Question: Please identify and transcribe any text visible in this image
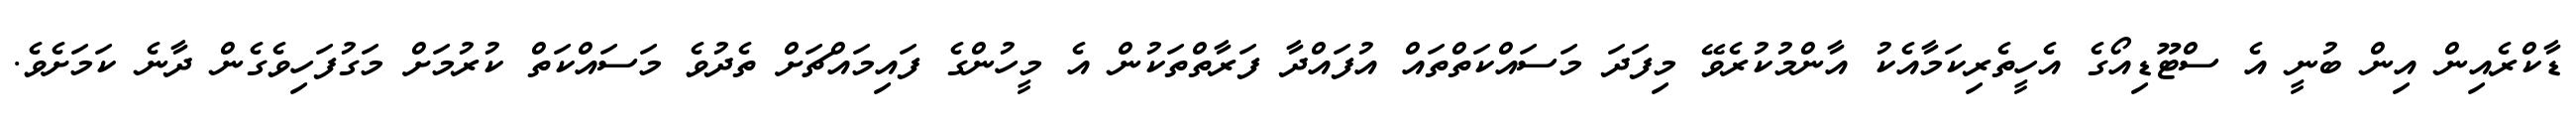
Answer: ޑާކްރެއިން އިން ބުނީ އެ ސްޓޫޑިއޯގެ އެހީތެރިކަމާއެކު އާންމުކުރެވޭ މިފަދަ މަސައްކަތްތައް އުފައްދާ ފަރާތްތަކުން އެ މީހުންގެ ފައިމައްޗަށް ތެދުވެ މަސައްކަތް ކުރުމަށް މަގުފަހިވެގެން ދާނެ ކަމަށެވެ.